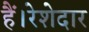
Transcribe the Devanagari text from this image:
हैं।रेशेदार